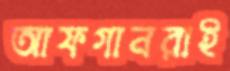
আফগানরাই